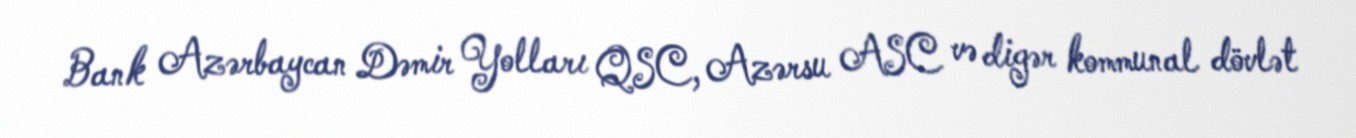
Bank Azərbaycan Dəmir Yolları QSC, Azərsu ASC və digər kommunal dövlət